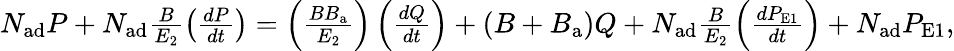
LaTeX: \begin{array}{r}{N_{\mathrm{ad}}P+N_{\mathrm{ad}}\frac{B}{E_{\mathrm{2}}}\left(\frac{dP}{dt}\right)=\left(\frac{BB_{\mathrm{a}}}{E_{\mathrm{2}}}\right)\left(\frac{dQ}{dt}\right)+\left(B+B_{\mathrm{a}}\right)Q+N_{\mathrm{ad}}\frac{B}{E_{\mathrm{2}}}\left(\frac{dP_{\mathrm{E1}}}{dt}\right)+N_{\mathrm{ad}}P_{\mathrm{E1}},}\end{array}